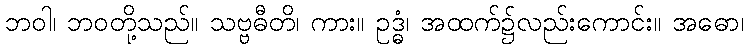
ဘဝါ၊ ဘဝတို့သည်။ သဗ္ဗဓီတိ၊ ကား။ ဥဒ္ဓံ၊ အထက်၌လည်းကောင်း။ အဓော၊